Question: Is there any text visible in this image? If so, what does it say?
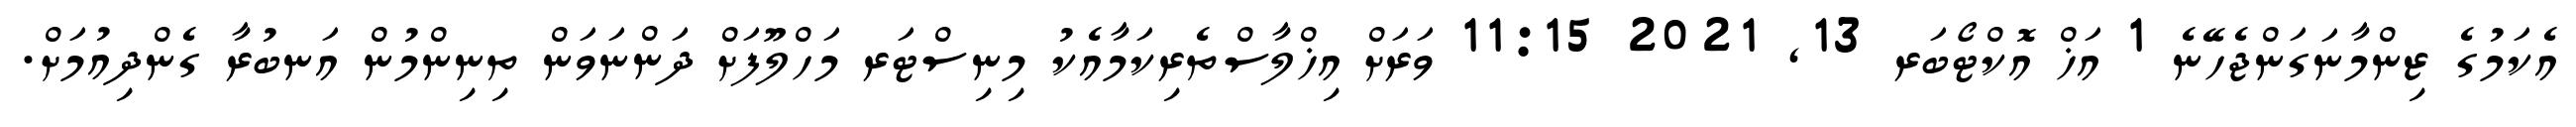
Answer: އެކަމުގެ ޒިންމާނަގަންޖެހޭނެ 1 އަޚް އޮކްޓޯބަރ 13, 2021 11:15 ވަރަށް އިޚްލާސްތެރިކަމާއެކު މިނިސްޓަރ މަހްލޫފަށް ދަންނަވަން ތިނިންމުން އަނބުރާ ގެންދިއުމަށް.